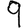
Digit: 9